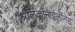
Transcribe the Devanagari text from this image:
श्रीलंकांनाईर्लीनेस